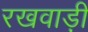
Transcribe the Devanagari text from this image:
रखवाड़ी